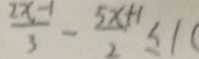
\frac { 2 x - 1 } { 3 } - \frac { 5 x + 1 } { 2 } \leq 1 (